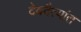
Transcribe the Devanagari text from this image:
देवदैत्यांत